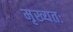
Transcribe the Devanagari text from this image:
मृख्यतः